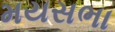
મયસભા